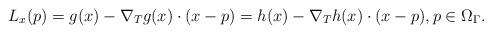
LaTeX: \begin{align*}L_{x}(p) = g(x) - \nabla_T g(x) \cdot (x - p) = h(x) - \nabla_T h(x) \cdot (x - p), p \in \Omega_\Gamma.\end{align*}